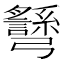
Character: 𢑉